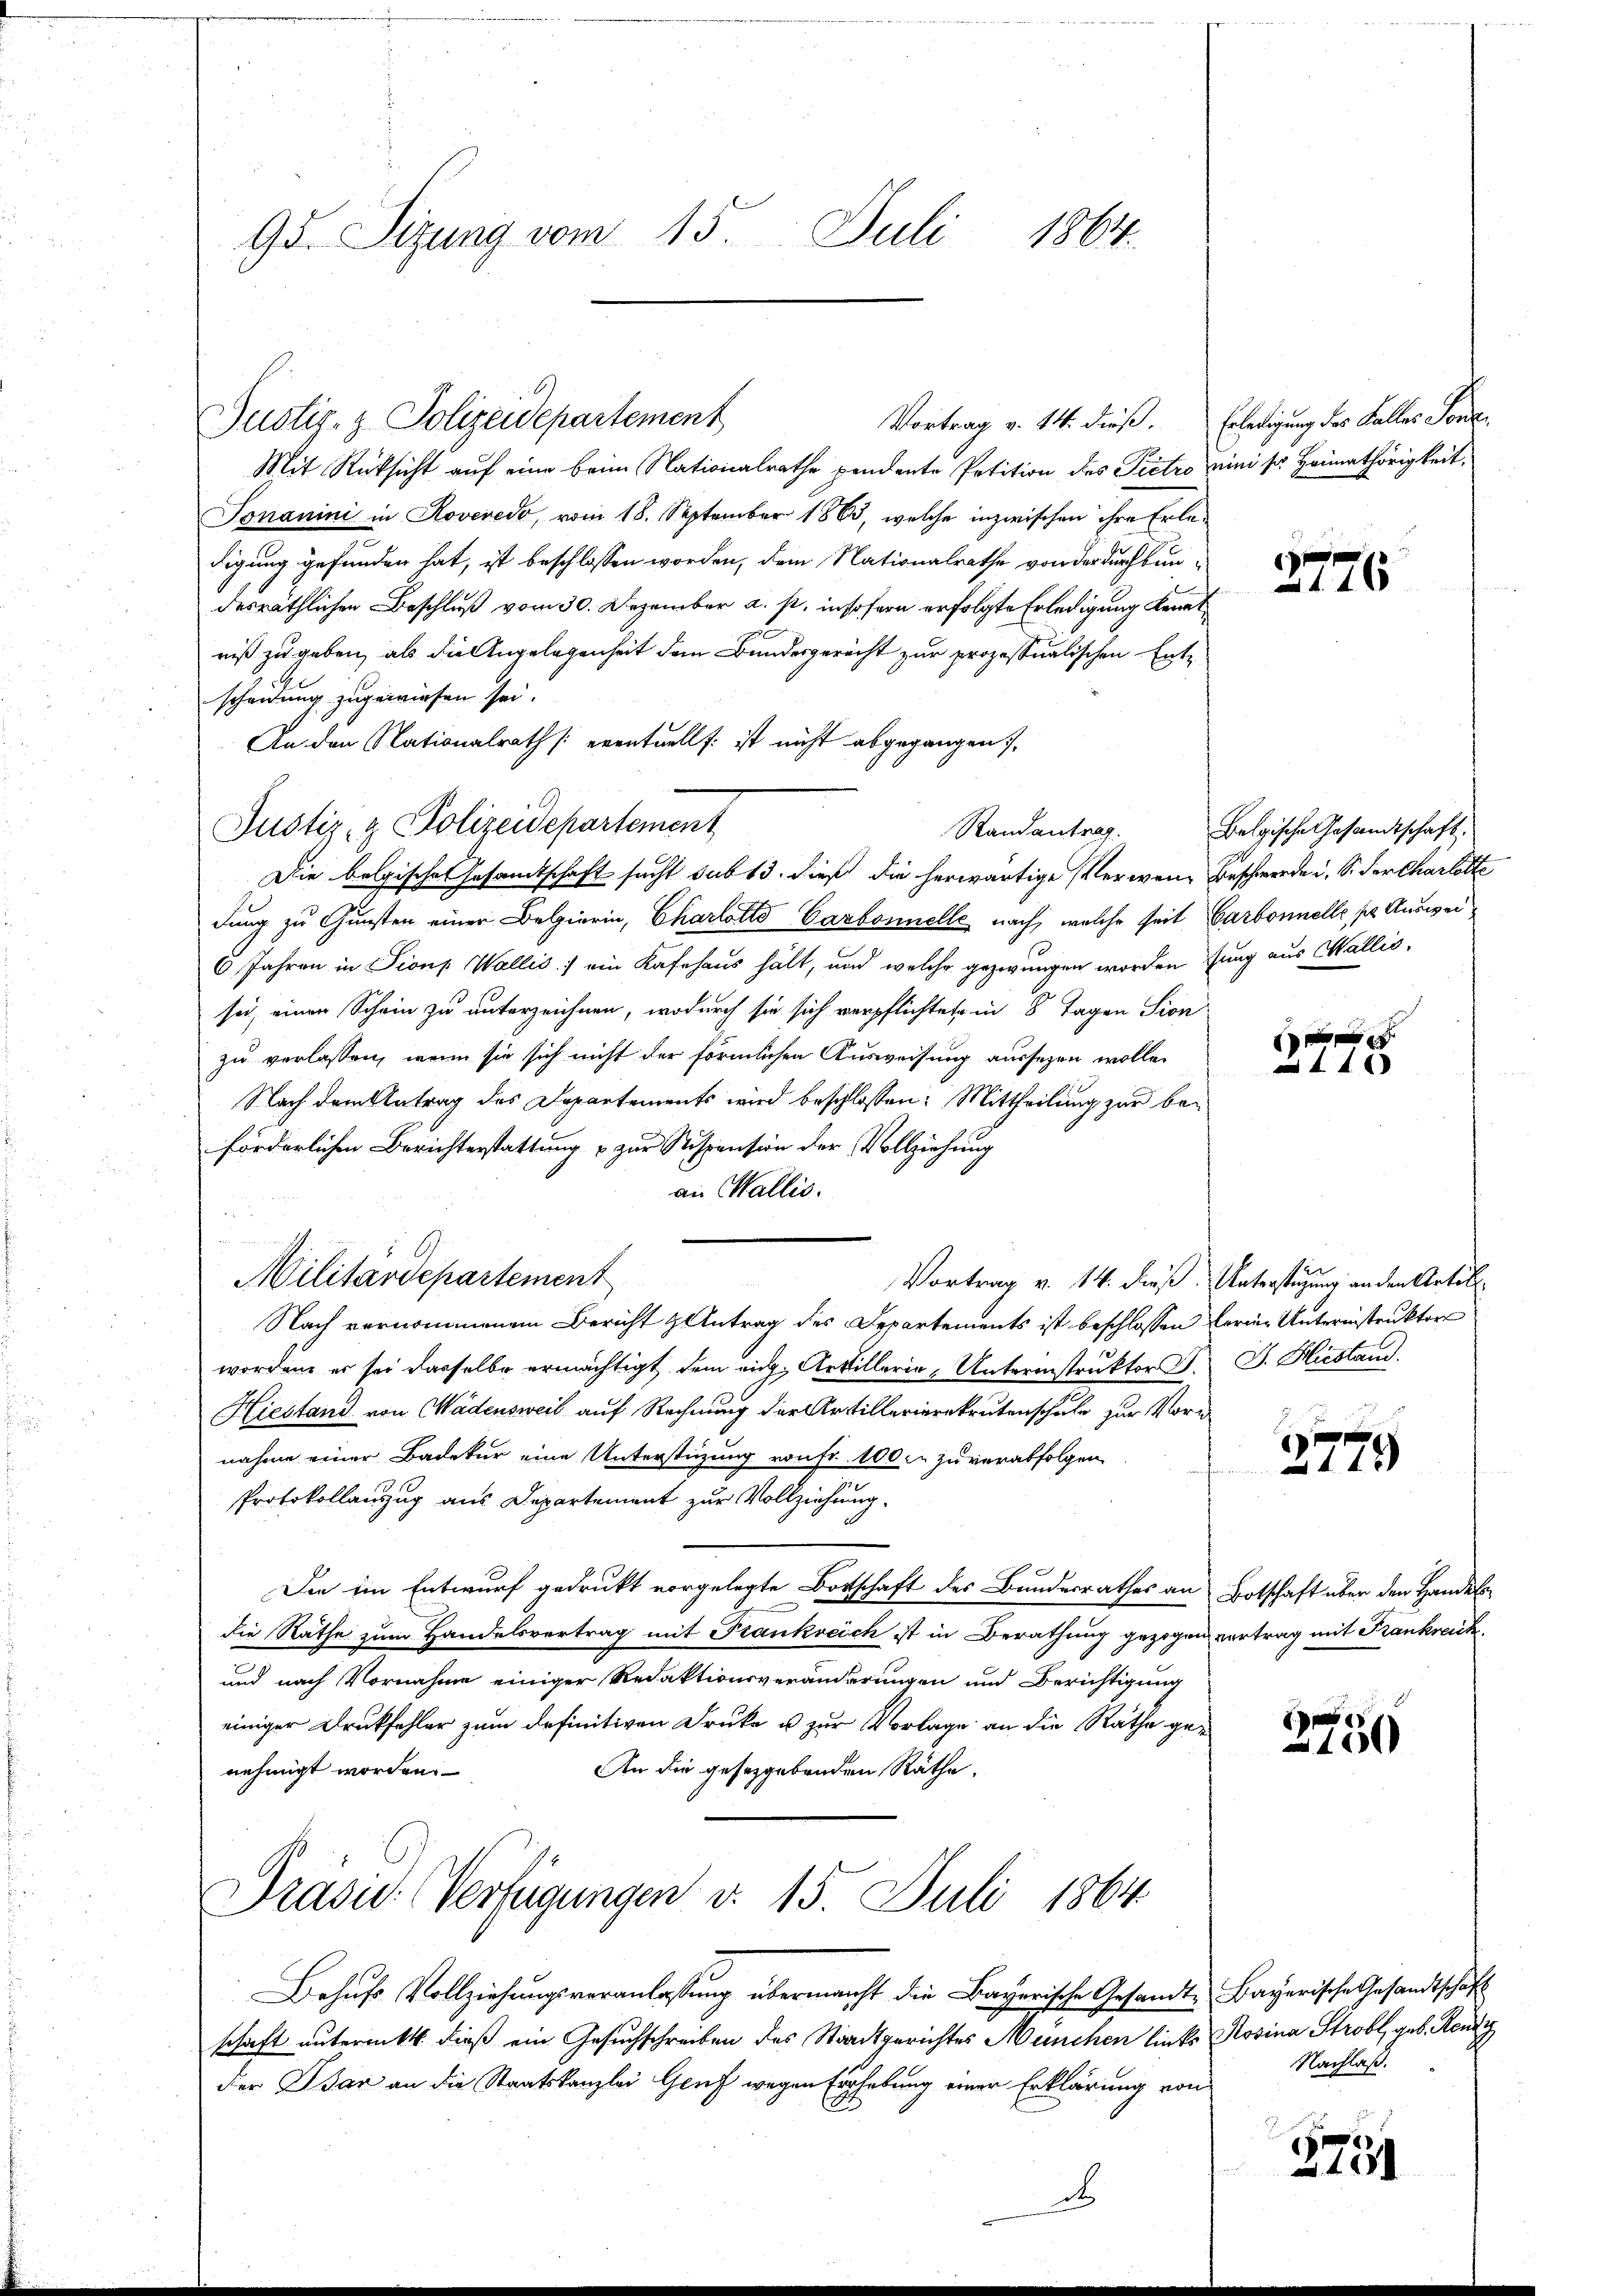
95. Sizung vom 15. Juli 1864.

Mit Rücksicht auf eine beim Nationalrathe pendante Petition des Pietro mini so Heimathörigkeit,
Sonanini in Roveredo, vom 18. September 1863, welche inzwischen ihre Erledigung gefunden hat, ist beschlossen worden, dem Nationalrathe von der durchbundesräthlichen Beschluß vom 30. Dezember a. s. insofern erfolgte Erledigung kennt
niß zu geben, als die Angelegenheit dem Bundesgericht zur prozessualischen Entscheidung zugewiesen sei.
An den Nationalrath (eventuell: ist nicht abgegangen
Die belgischen Gesamtschaft sucht sub 13. dieß die herwärtige Verwen- Beschwerde u. S. der Charlotte
dung zu Gunsten einer Belgierin, Charlotto Carbonnelle nach, welche seit Carbonnelle, pr Auswei¬
6 Jahren in Pions Wallis :/ ein Kafehaus hält, und welche gezwungen worden fung aus Wallis,
sei, einen Schein zu unterzeichnen, wodurch sie sich verpflichtete in 8 Tagen Sion
zu verlassen, wenn sie sich nicht der förmlichen Ausweisung aussezen wolle.
Nach dem Antrag des Departements wird beschlossen: Mittheilung zur beforderlichen Berichterstattung & zur Sispension der Vollziehung
an Wallis.
Militärdepartement
Vortrag v. 14. dieß. Unterstigung an den Artill
Nach vernommenem Bericht & Antrag des Departements ist beschlossen Ferie-Unternstruktor
worden, er sei dasselbe ermächtigt dem rich. Artillerie-Unterinstruktor F. J. Hiestand.
Hiestand von Wädensweil auf Rechnung der Artillerierekrutenschule zur Vorg
nahme einer Badetur eine Unterstüzung von fr. 100. zu verabfolgen.
Protokollauszug aus Departement zur Vollziehung.
Die im Entwurf gedrukt vorgelegte Botschaft des Bundesrathes an Botschaft über den Handels
die Räthe zum Handelsvertrag mit Frankreich ist in Berathung gezogen vertrag mit Krankreich
und nach Vornahme einiger Redaktionsveränderungen und Berichtigung
einiger Druckfehler zum definitiven Druke u. zur Vorlage an die Räthe ge-
An die gesetzgebenden Räthe.
nehmigt worden.
Prasis Verfügungen v. 15. Juli 1864

Justiz- & Polizeidepartement

Justiz- & Polizeidepartement

Randantrag.

Behŭfs Vollziehungsveranlassung übermacht die Bayerische Gesandt-Bayerische Gesandtschaft
schaft untermittl. dieß ein Gesuchschreiben des Stadtgerichtes München links Rosina Strobl, geb. Kondi
der Par an die Staatskanzlei Genf wegen Erhebung einer Erklärung von
d

Vortrag v. 14. dieß. Erledigung des Falles Sont

2776

Belgische Gesandtschaft

E
 44 x

e
2779

2750

Nachlaß.

2751